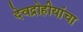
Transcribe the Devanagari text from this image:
देवद्रोहीयांचा